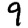
Digit: 9